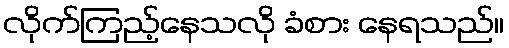
လိုက်ကြည့်နေသလို ခံစား နေရသည်။